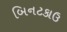
બિનટકાઉ